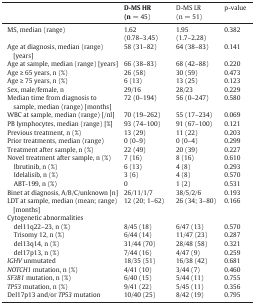
<table><thead><tr><td></td><td><b>D-MS HR (n = 45)</b></td><td><b>D-MS LR (n = 51)</b></td><td><b>p-value</b></td></tr></thead><tbody><tr><td>MS, median (range)</td><td>1.62 (0.78–3.45)</td><td>1.95 (1.7–2.28)</td><td>0.382</td></tr><tr><td>Age at diagnosis, median (range) [years]</td><td>58 (31–82)</td><td>64 (38–83)</td><td>0.141</td></tr><tr><td>Age at sample, median (range) [years]</td><td>66 (38–83)</td><td>68 (42–88)</td><td>0.220</td></tr><tr><td>Age ≥ 65 years, n (%)</td><td>26 (58)</td><td>30 (59)</td><td>0.473</td></tr><tr><td>Age ≥ 75 years, n (%)</td><td>6 (13)</td><td>13 (25)</td><td>0.123</td></tr><tr><td>Sex, male/female, n</td><td>29/16</td><td>28/23</td><td>0.229</td></tr><tr><td>Median time from diagnosis to sample, median (range) [months]</td><td>72 (0–194)</td><td>56 (0–247)</td><td>0.580</td></tr><tr><td>WBC at sample, median (range) [/nl]</td><td>70 (19–262)</td><td>55 (17–234)</td><td>0.069</td></tr><tr><td>PB lymphocytes, median (range) [%]</td><td>93 (74–100)</td><td>91 (67–100)</td><td>0.121</td></tr><tr><td>Previous treatment, n (%)</td><td>13 (29)</td><td>11 (22)</td><td>0.203</td></tr><tr><td>Prior treatments, median (range)</td><td>0 (0–9)</td><td>0 (0–4)</td><td>0.299</td></tr><tr><td>Treatment after sample, n (%)</td><td>22 (49)</td><td>20 (39)</td><td>0.227</td></tr><tr><td>Novel treatment after sample, n (%)</td><td>7 (16)</td><td>8 (16)</td><td>0.610</td></tr><tr><td> Ibrutinib, n (%)</td><td>6 (13)</td><td>4 (8)</td><td>0.293</td></tr><tr><td> Idelalisib, n (%)</td><td>3 (6)</td><td>4 (8)</td><td>0.570</td></tr><tr><td> ABT-199, n (%)</td><td>0</td><td>1 (2)</td><td>0.531</td></tr><tr><td>Binet at diagnosis, A/B/C/unknown [n]</td><td>26/11/1/7</td><td>38/5/2/6</td><td>0.193</td></tr><tr><td>LDT at sample, median (mean; range) [months]</td><td>12 (20; 1–62)</td><td>26 (34; 3–80)</td><td>0.166</td></tr><tr><td>Cytogenetic abnormalities</td><td></td><td></td><td></td></tr><tr><td> del11q22–23, n (%)</td><td>8/45 (18)</td><td>6/47 (13)</td><td>0.570</td></tr><tr><td> Trisomy 12, n (%)</td><td>6/44 (14)</td><td>11/47 (23)</td><td>0.287</td></tr><tr><td> del13q14, n (%)</td><td>31/44 (70)</td><td>28/48 (58)</td><td>0.321</td></tr><tr><td> del17p13, n (%)</td><td>7/44 (16)</td><td>4/47 (9)</td><td>0.259</td></tr><tr><td><i>IGHV</i> unmutated</td><td>18/35 (51)</td><td>16/38 (42)</td><td>0.681</td></tr><tr><td><i>NOTCH1</i> mutation, n (%)</td><td>4/41 (10)</td><td>3/44 (7)</td><td>0.460</td></tr><tr><td><i>SF3B1</i> mutation, n (%)</td><td>6/40 (15)</td><td>5/44 (11)</td><td>0.755</td></tr><tr><td><i>TP53</i> mutation, n (%)</td><td>9/41 (22)</td><td>5/45 (11)</td><td>0.356</td></tr><tr><td>Del17p13 and/or <i>TP53</i> mutation</td><td>10/40 (25)</td><td>8/42 (19)</td><td>0.795</td></tr></tbody></table>